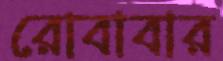
রোবাবার